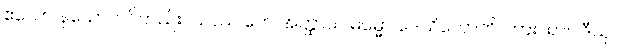
ဧသော နယော၊ ပင်တည်း။ ယဿ တေ အတ္ထာယ ဓမ္မော ဒေသိတောတိ၊ ကား။ ရာဂါဒီသု၊